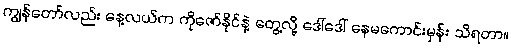
ကျွန်တော်လည်း နေ့လယ်က ကိုဇော်နိုင်နဲ့ တွေ့လို့ ဒေါ်ဒေါ် နေမကောင်းမှန်း သိရတာ။